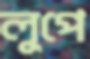
লুপে